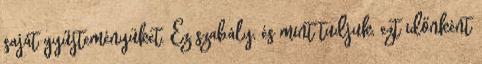
saját gyűjteményüket. Ez szabály, és mint tudjuk, ezt időnként